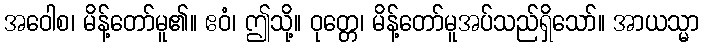
အဝေါစ၊ မိန့်တော်မူ၏။ ဧဝံ၊ ဤသို့။ ဝုတ္တေ၊ မိန့်တော်မူအပ်သည်ရှိသော်။ အာယသ္မာ